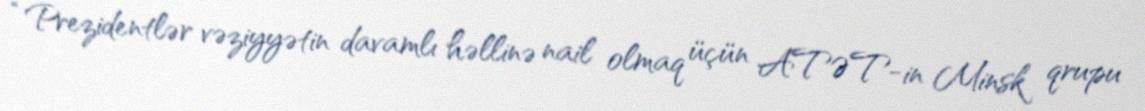
“Prezidentlər vəziyyətin davamlı həllinə nail olmaq üçün ATƏT-in Minsk qrupu